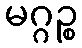
မဂ္ဂဉ္စ